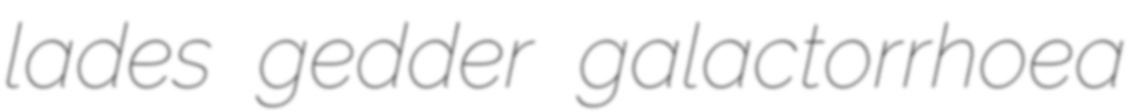
lades gedder galactorrhoea